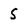
Character: 5